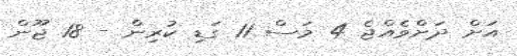
އަށް ދަށްވެއްޖެ 4 މަސް 11 ގަޑި ކުރިން - 18 ޖޫން